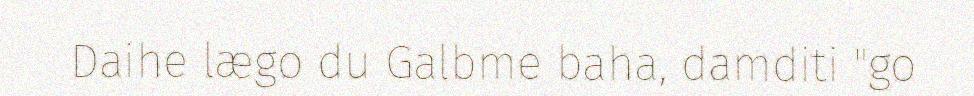
Daihe lægo du Galbme baha, damditi "go